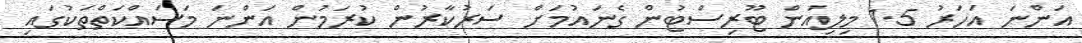
އަންނަ އަހަރު 1.5 މިލިއަން ޓޫރިސްޓުން ގެނައުމަށް ސަރުކާރުން ކުރަމުން އަންނަ މަސައްކަތްތަކުގައި